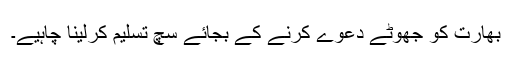
بھارت کو جھوٹے دعوے کرنے کے بجائے سچ تسلیم کرلینا چاہیے۔